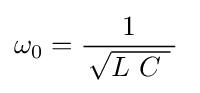
\omega _{0}={\frac {1}{\,{\sqrt {L\ C\ }}\,}}\;